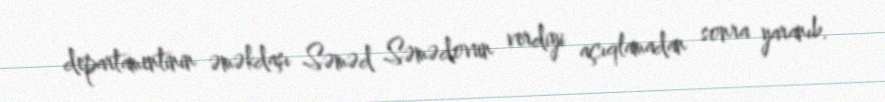
departamentinin əməkdaşı Səməd Səmədovun verdiyi açıqlamadan sonra yaranıb.